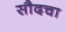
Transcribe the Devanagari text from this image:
सौदचा